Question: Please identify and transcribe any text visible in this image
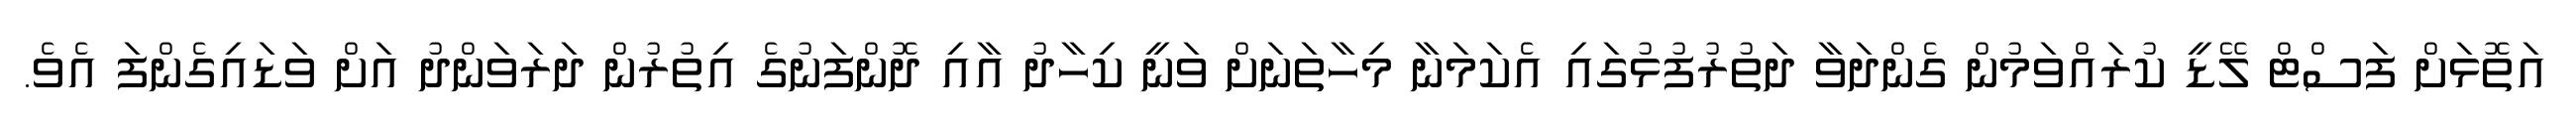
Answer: އަތޮޅަށް ފަސްޓް ލޭޑީ ކުރައްވަމުން ގެންދަވާ ދަތުރުފުޅުގައި އެކަމަނާ މިހާތަނަށް ވަނީ ކިހާދު އާއި ދޮންފަނުގެ އިތުރުން ދަރަވަންދު އަށް ވަޑައިގެންފަ އެވެ.